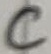
Text: C